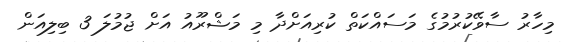
މިހާރު ސާވޭކުރުމުގެ މަސައްކަތް ކުރިއަށްދާ މި މަޝްރޫއު އަށް ޖުމުލަ 3 ބިލިއަން